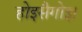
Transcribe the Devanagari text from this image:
होइसैगोइ।